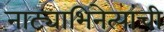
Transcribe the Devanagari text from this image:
नाट्याभिनेत्यांची